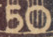
50